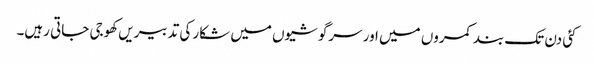
کئی دن تک بند کمروں میں اور سرگوشیوں میں شکار کی تدبیریں کھوجی جاتی رہیں۔